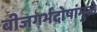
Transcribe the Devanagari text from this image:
बीजगर्भदोषांमुळे